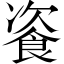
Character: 餈